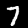
Digit: 7